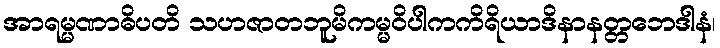
အာရမ္မဏာဓိပတိ သဟဇာတဘူမိကမ္မဝိပါကကိရိယာဒိနာနတ္တဘေဒါနံ၊